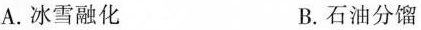
A.冰雪融化 B.石油分馏